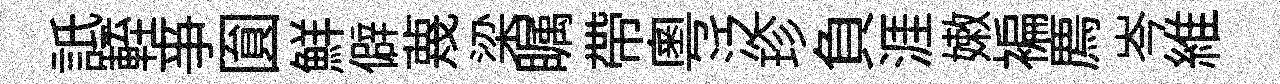
詆輊亊圎鮮僻蔑梁瞩帶粤泛珍負涯嫩褊廌岑維